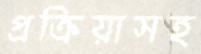
প্রক্রিয়াসহ